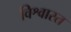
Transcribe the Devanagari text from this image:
विश्वास्त